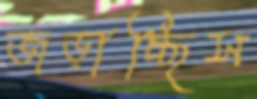
জড়াচ্ছিস